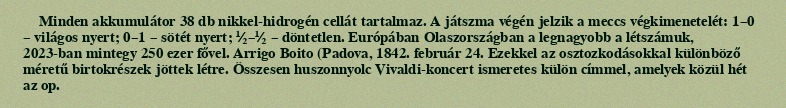
Minden akkumulátor 38 db nikkel-hidrogén cellát tartalmaz. A játszma végén jelzik a meccs végkimenetelét: 1–0 – világos nyert; 0–1 – sötét nyert; ½–½ – döntetlen. Európában Olaszországban a legnagyobb a létszámuk, 2023-ban mintegy 250 ezer fővel. Arrigo Boito (Padova, 1842. február 24. Ezekkel az osztozkodásokkal különböző méretű birtokrészek jöttek létre. Összesen huszonnyolc Vivaldi-koncert ismeretes külön címmel, amelyek közül hét az op.